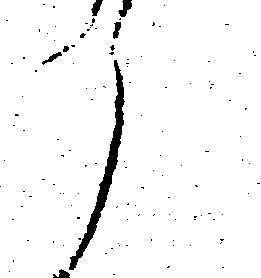
々